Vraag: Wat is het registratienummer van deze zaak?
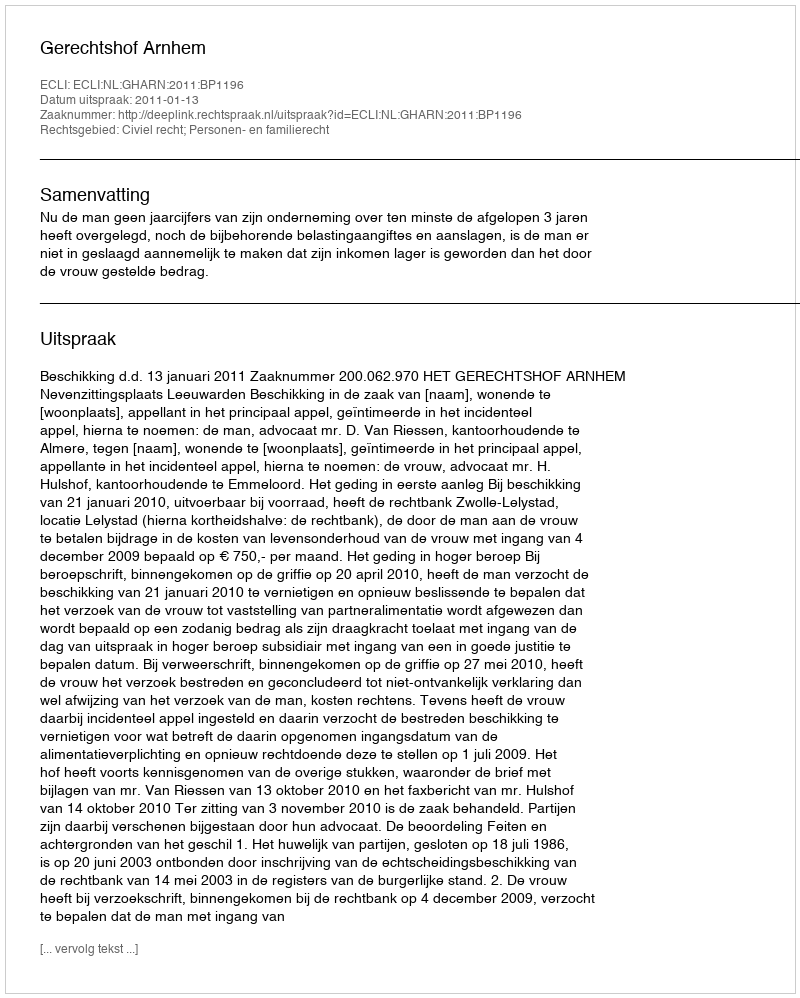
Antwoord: http://deeplink.rechtspraak.nl/uitspraak?id=ECLI:NL:GHARN:2011:BP1196